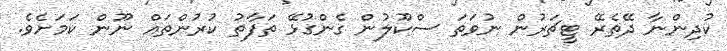
ކުދިންނާ ދޭތެރޭ ޓީޗަރުން ނުވަތަ ސްކޫލުން ގެންގުޅޭ ތަފާތު ކުރުންތައް ނޫން ކަމަށެވެ.